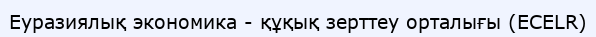
Еуразиялық экономика - құқық зерттеу орталығы (ECELR)